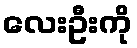
လေးဦးကို